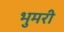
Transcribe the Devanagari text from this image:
भुमरी